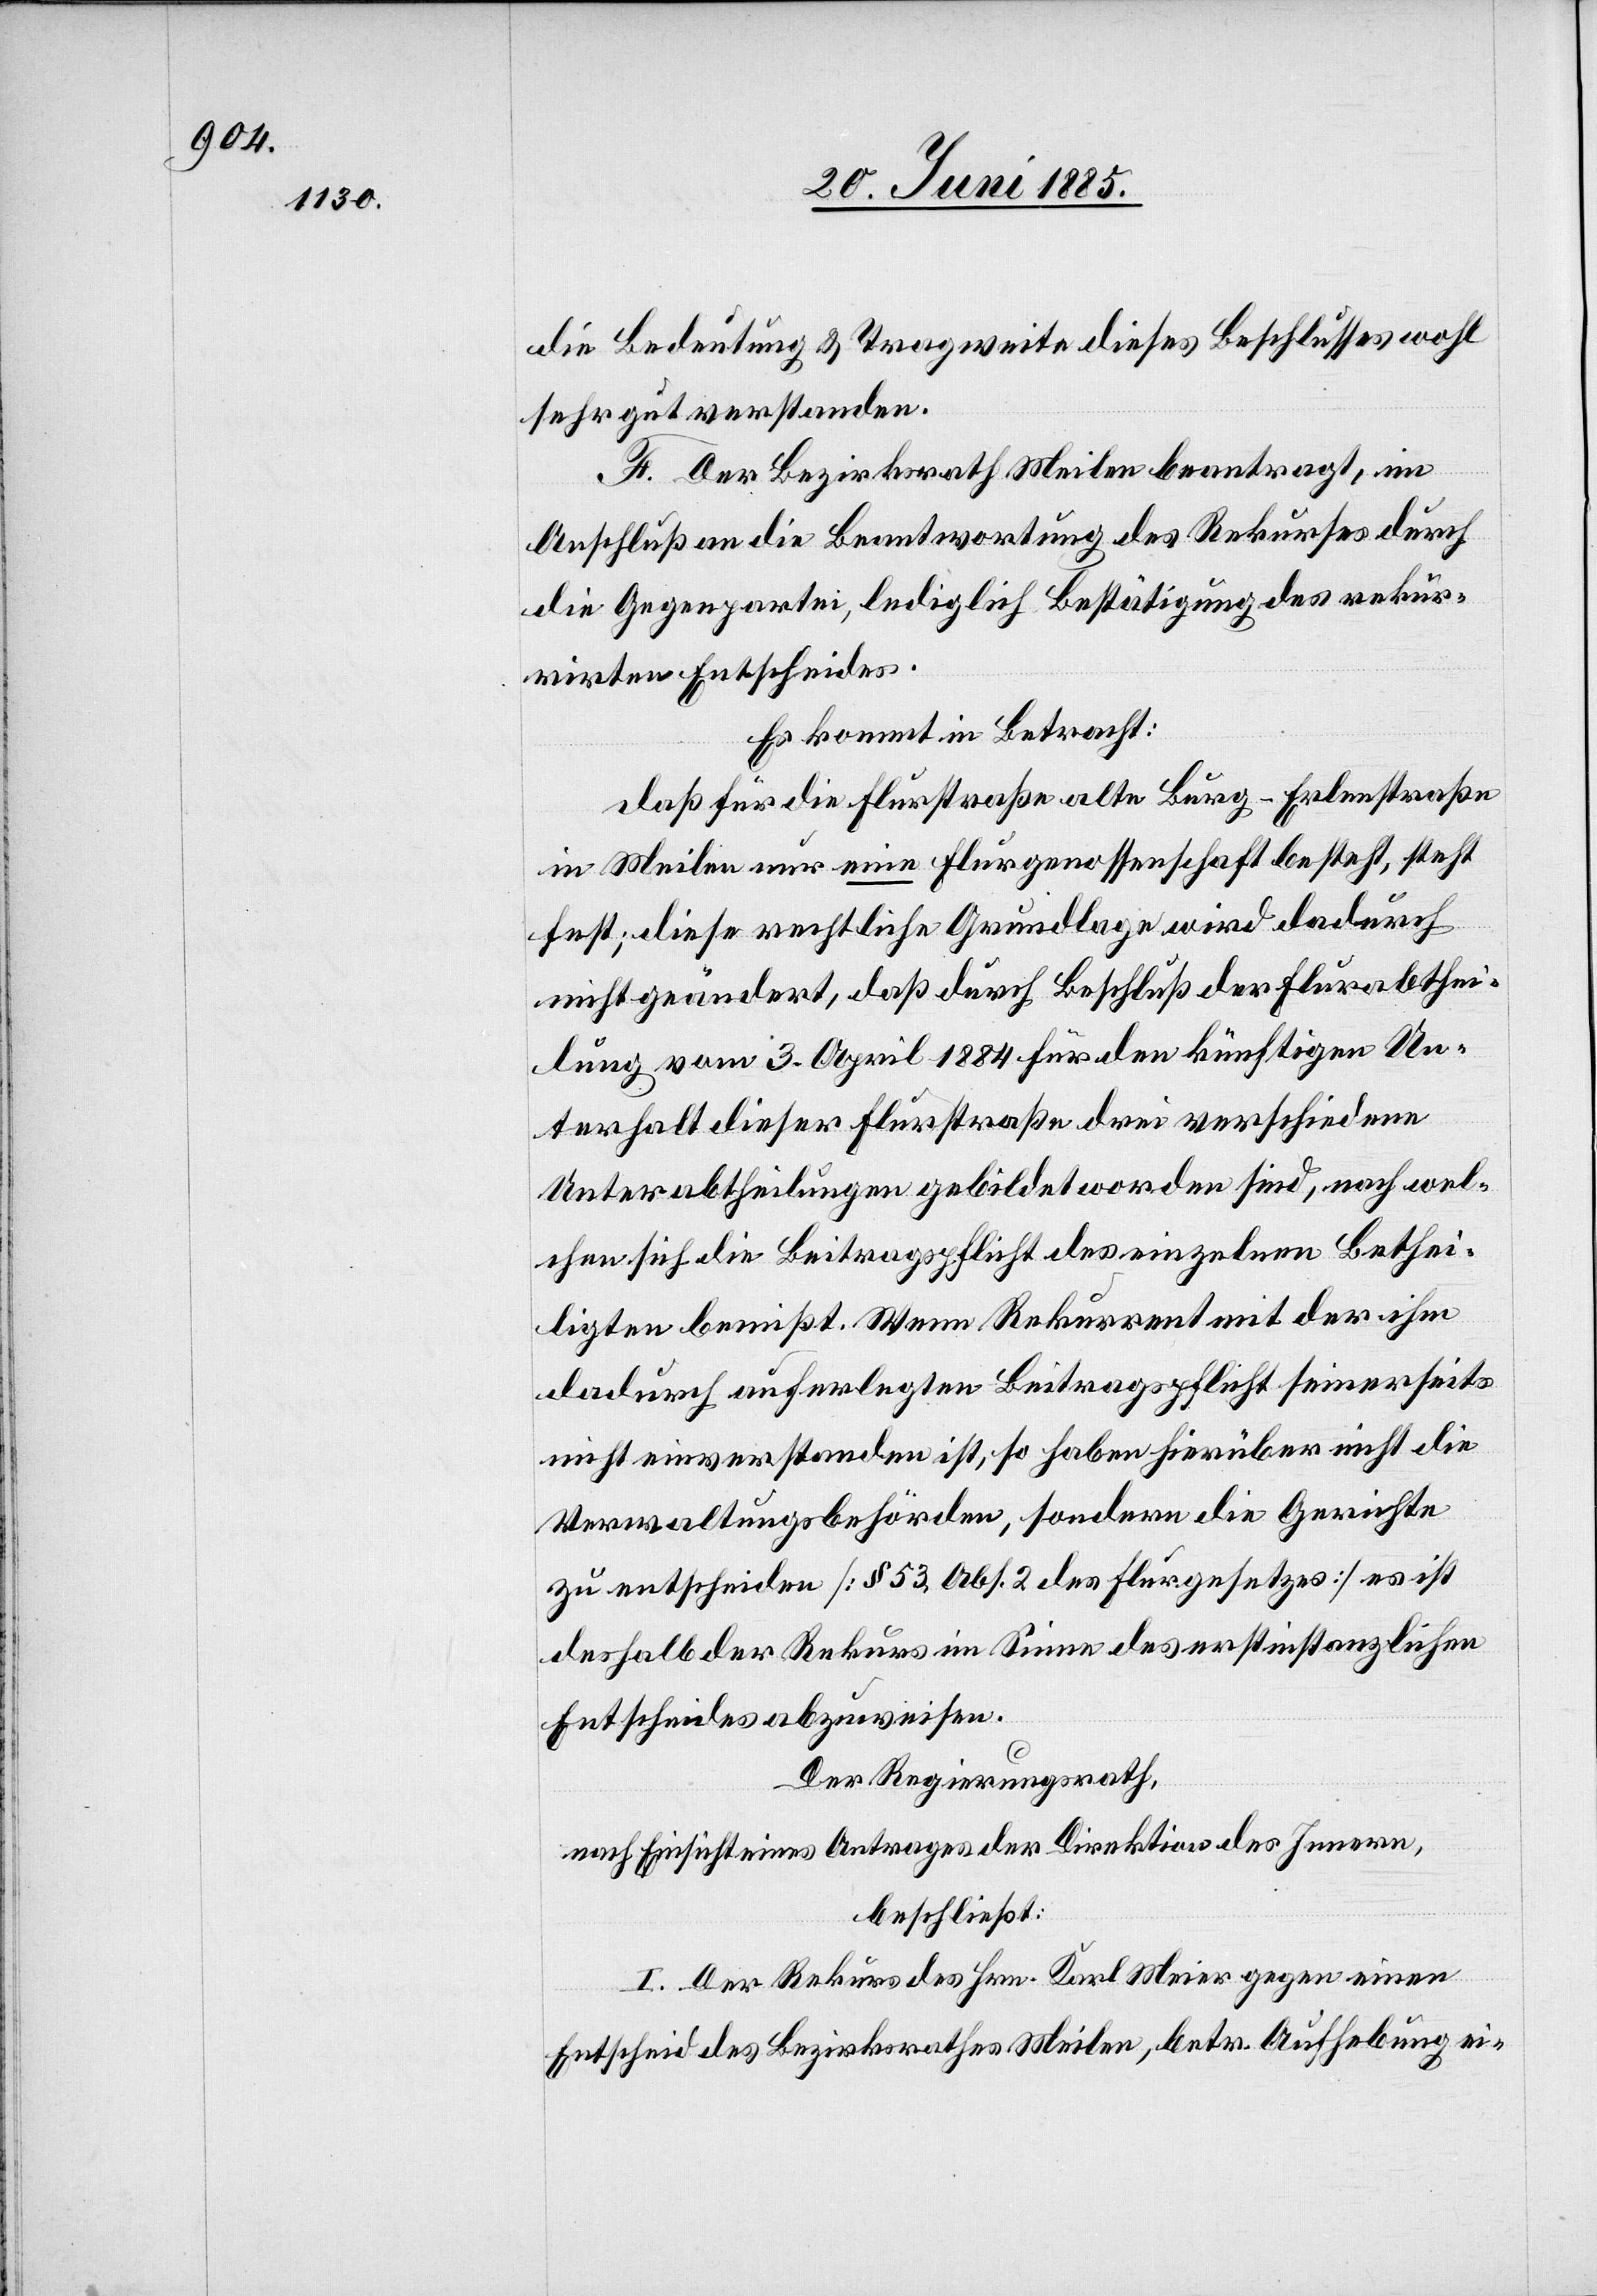
die Bedeutung & Tragweite dieses Beschlusses wohl
sehr gut verstanden.
F. Der Bezirksrath Meilen beantragt, im
Anschluß an die Beantwortung des Rekurses durch
die Gegenpartei, lediglich Bestätigung des rekur¬
rirten Entscheides.
Es kommt in Betracht:
daß für die Flurstraße alte Burg–Erlenstraße
in Meilen nur eine Flurgenossenschaft besteht, steht
fest; diese rechtliche Grundlage wird dadurch
nicht geändert, daß durch Beschluß der Flurabthei¬
lung vom 3. April 1884 für den künftigen Un¬
terhalt dieser Flurstraße drei verschiedene
Unterabtheilungen gebildet worden sind, nach wel¬
chen sich die Beitragspflicht des einzelnen Bethei¬
ligten bemißt. Wenn Rekurrent mit der ihm
dadurch auferlegten Beitragspflicht seinerseits
nicht einverstanden ist, so haben hierüber nicht die
Verwaltungsbehörden, sondern die Gerichte
zu entscheiden [§ 53, Abs. 2 des Flurgesetzes] es ist
deshalb der Rekurs im Sinne des erstinstanzlichen
Entscheides abzuweisen.
Der Regierungsrath,
nach Einsicht eines Antrages der Direktion des Innern,
beschließt:
I. Der Rekurs des Hrn. Karl Meier gegen einen
Entscheid des Bezirksrathes Meilen, betr. Aufhebung ei-